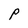
Character: P